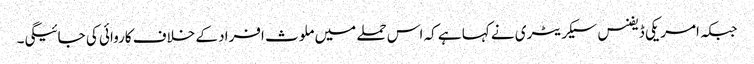
جبکہ امریکی ڈیفنس سیکریٹری نے کہا ہے کہ اس حملے میں ملوث افراد کے خلاف کاروائی کی جائیگی۔